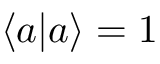
\langle a | a \rangle = 1